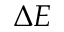
\Delta E